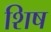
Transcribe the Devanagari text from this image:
शिष